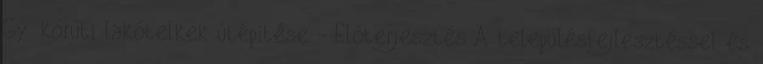
Gy. körúti lakótelkek útépítése - Előterjesztés A településfejlesztéssel és